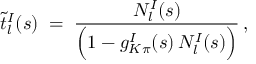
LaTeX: \tilde { t } _ { l } ^ { I } ( s ) \; = \; \frac { N _ { l } ^ { I } ( s ) } { \Big ( 1 - g _ { K \pi } ^ { I } ( s ) \, N _ { l } ^ { I } ( s ) \Big ) } \, ,